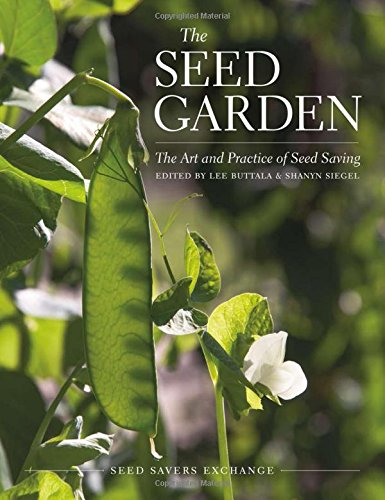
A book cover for The Seed Garden: The Art and Practice of Seed Saving; Jared Zystro; Crafts, Hobbies & Home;